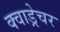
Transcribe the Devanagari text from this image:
क्वाड्रेचर